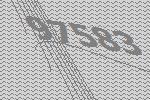
97583